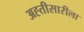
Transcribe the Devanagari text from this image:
अह्तीसारीला